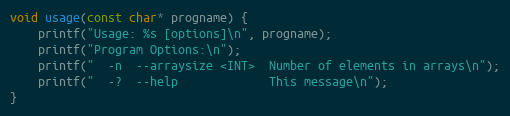
Language: C++
void usage(const char* progname) {
    printf("Usage: %s [options]\n", progname);
    printf("Program Options:\n");
    printf("  -n  --arraysize <INT>  Number of elements in arrays\n");
    printf("  -?  --help             This message\n");
}